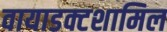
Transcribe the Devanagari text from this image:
वायाडक्टशामिल